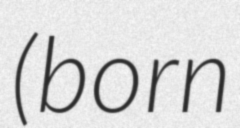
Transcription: (born